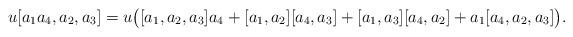
LaTeX: \begin{align*}u [a_1 a_4, a_2, a_3] = u \bigl( [a_1, a_2, a_3] a_4 + [a_1, a_2] [a_4, a_3] + [a_1, a_3] [a_4, a_2 ] + a_1 [a_4, a_2, a_3] \bigr) .\end{align*}